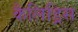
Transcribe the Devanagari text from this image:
कैलिड्रिस